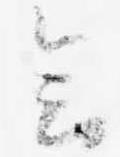
会